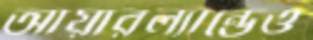
আয়ারল্যান্ডেও